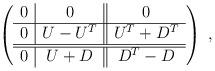
LaTeX: \begin{align*}\left( \begin{array}{c|c||c} 0 & 0 & 0 \\ \hline 0 & U - U^T & U^T + D^T \\ \hline\hline 0 & U + D & D^T - D \end{array} \right)~,\end{align*}